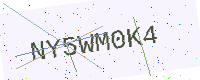
Text: NY5WM0K4